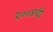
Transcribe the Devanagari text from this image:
२००४ची